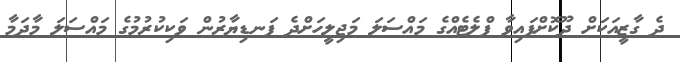
ދެ ގާޒީއަކަށް ދޫކޮށްފައިވާ ފްލެޓެއްގެ މައްސަލަ މަޖިލީހަށްދެ ފަނޑިޔާރުން ވަކިކުރުމުގެ މައްސަލަ މާދަމާ